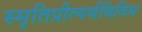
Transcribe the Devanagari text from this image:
स्मृतिप्रीत्यर्थविविध